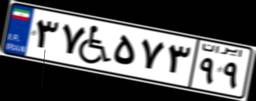
۳۷W۵۷۳۹۹